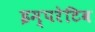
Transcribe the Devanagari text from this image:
इम्परेटिव